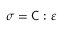
{ \boldsymbol { \sigma } } = { \mathsf { C } } : { \boldsymbol { \varepsilon } }